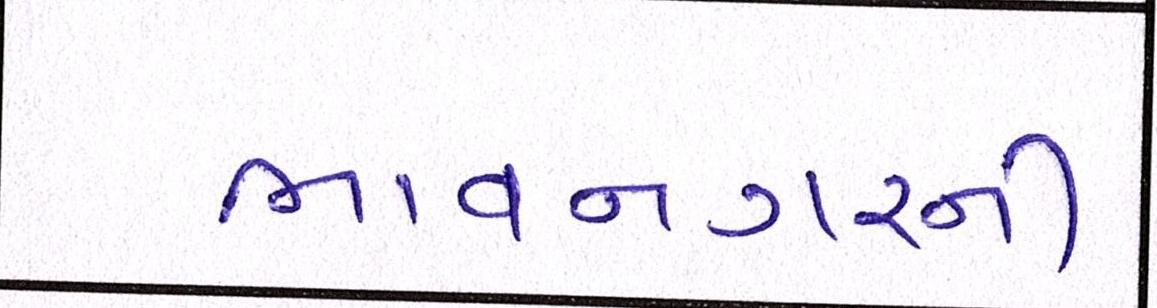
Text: ભાવનગરની